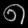
Digit: ၈